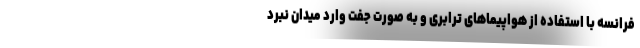
فرانسه با استفاده از هواپیماهای ترابری و به صورت جفت وارد میدان نبرد